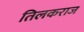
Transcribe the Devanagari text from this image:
तिलकराज